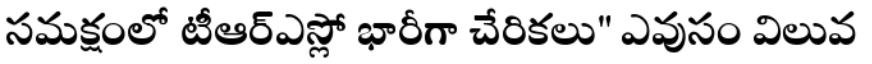
సమక్షంలో టీఆర్ఎస్లో భారీగా చేరికలు" ఎవుసం విలువ